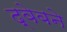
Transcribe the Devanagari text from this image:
द्वेबने